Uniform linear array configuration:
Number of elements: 8
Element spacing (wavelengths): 0.25
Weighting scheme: hann
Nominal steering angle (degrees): -60
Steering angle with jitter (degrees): -61.517
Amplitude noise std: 0.05
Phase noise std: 0.05

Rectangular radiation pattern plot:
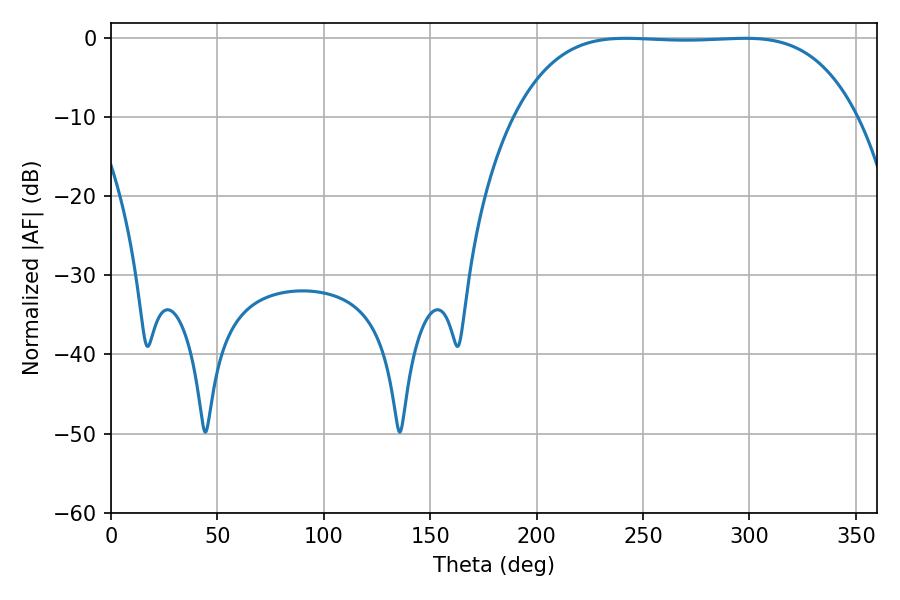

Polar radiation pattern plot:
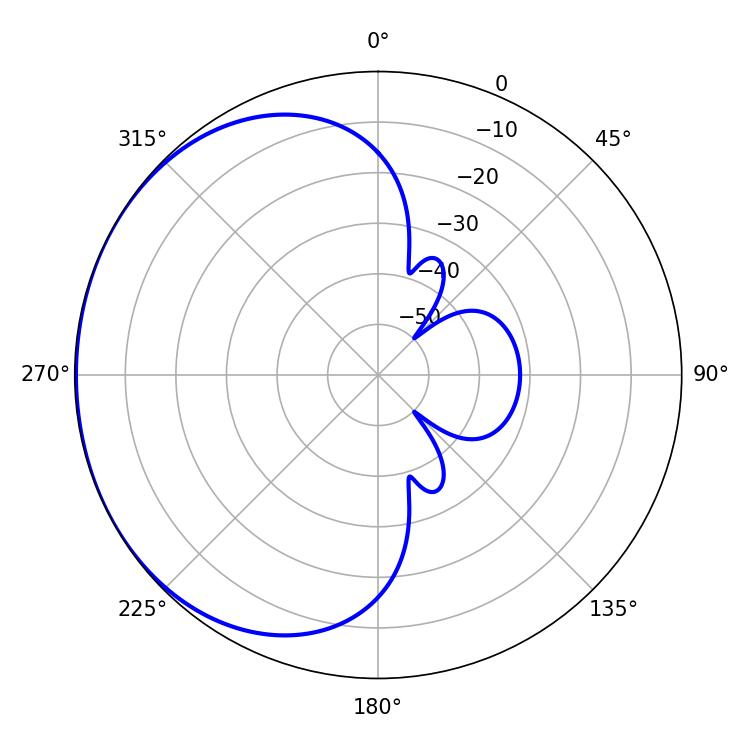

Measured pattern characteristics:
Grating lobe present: FALSE
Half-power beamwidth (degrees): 124.2
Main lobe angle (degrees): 241.92